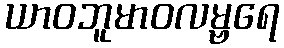
ယာဝဘူမာဝလမ္ဗရေ